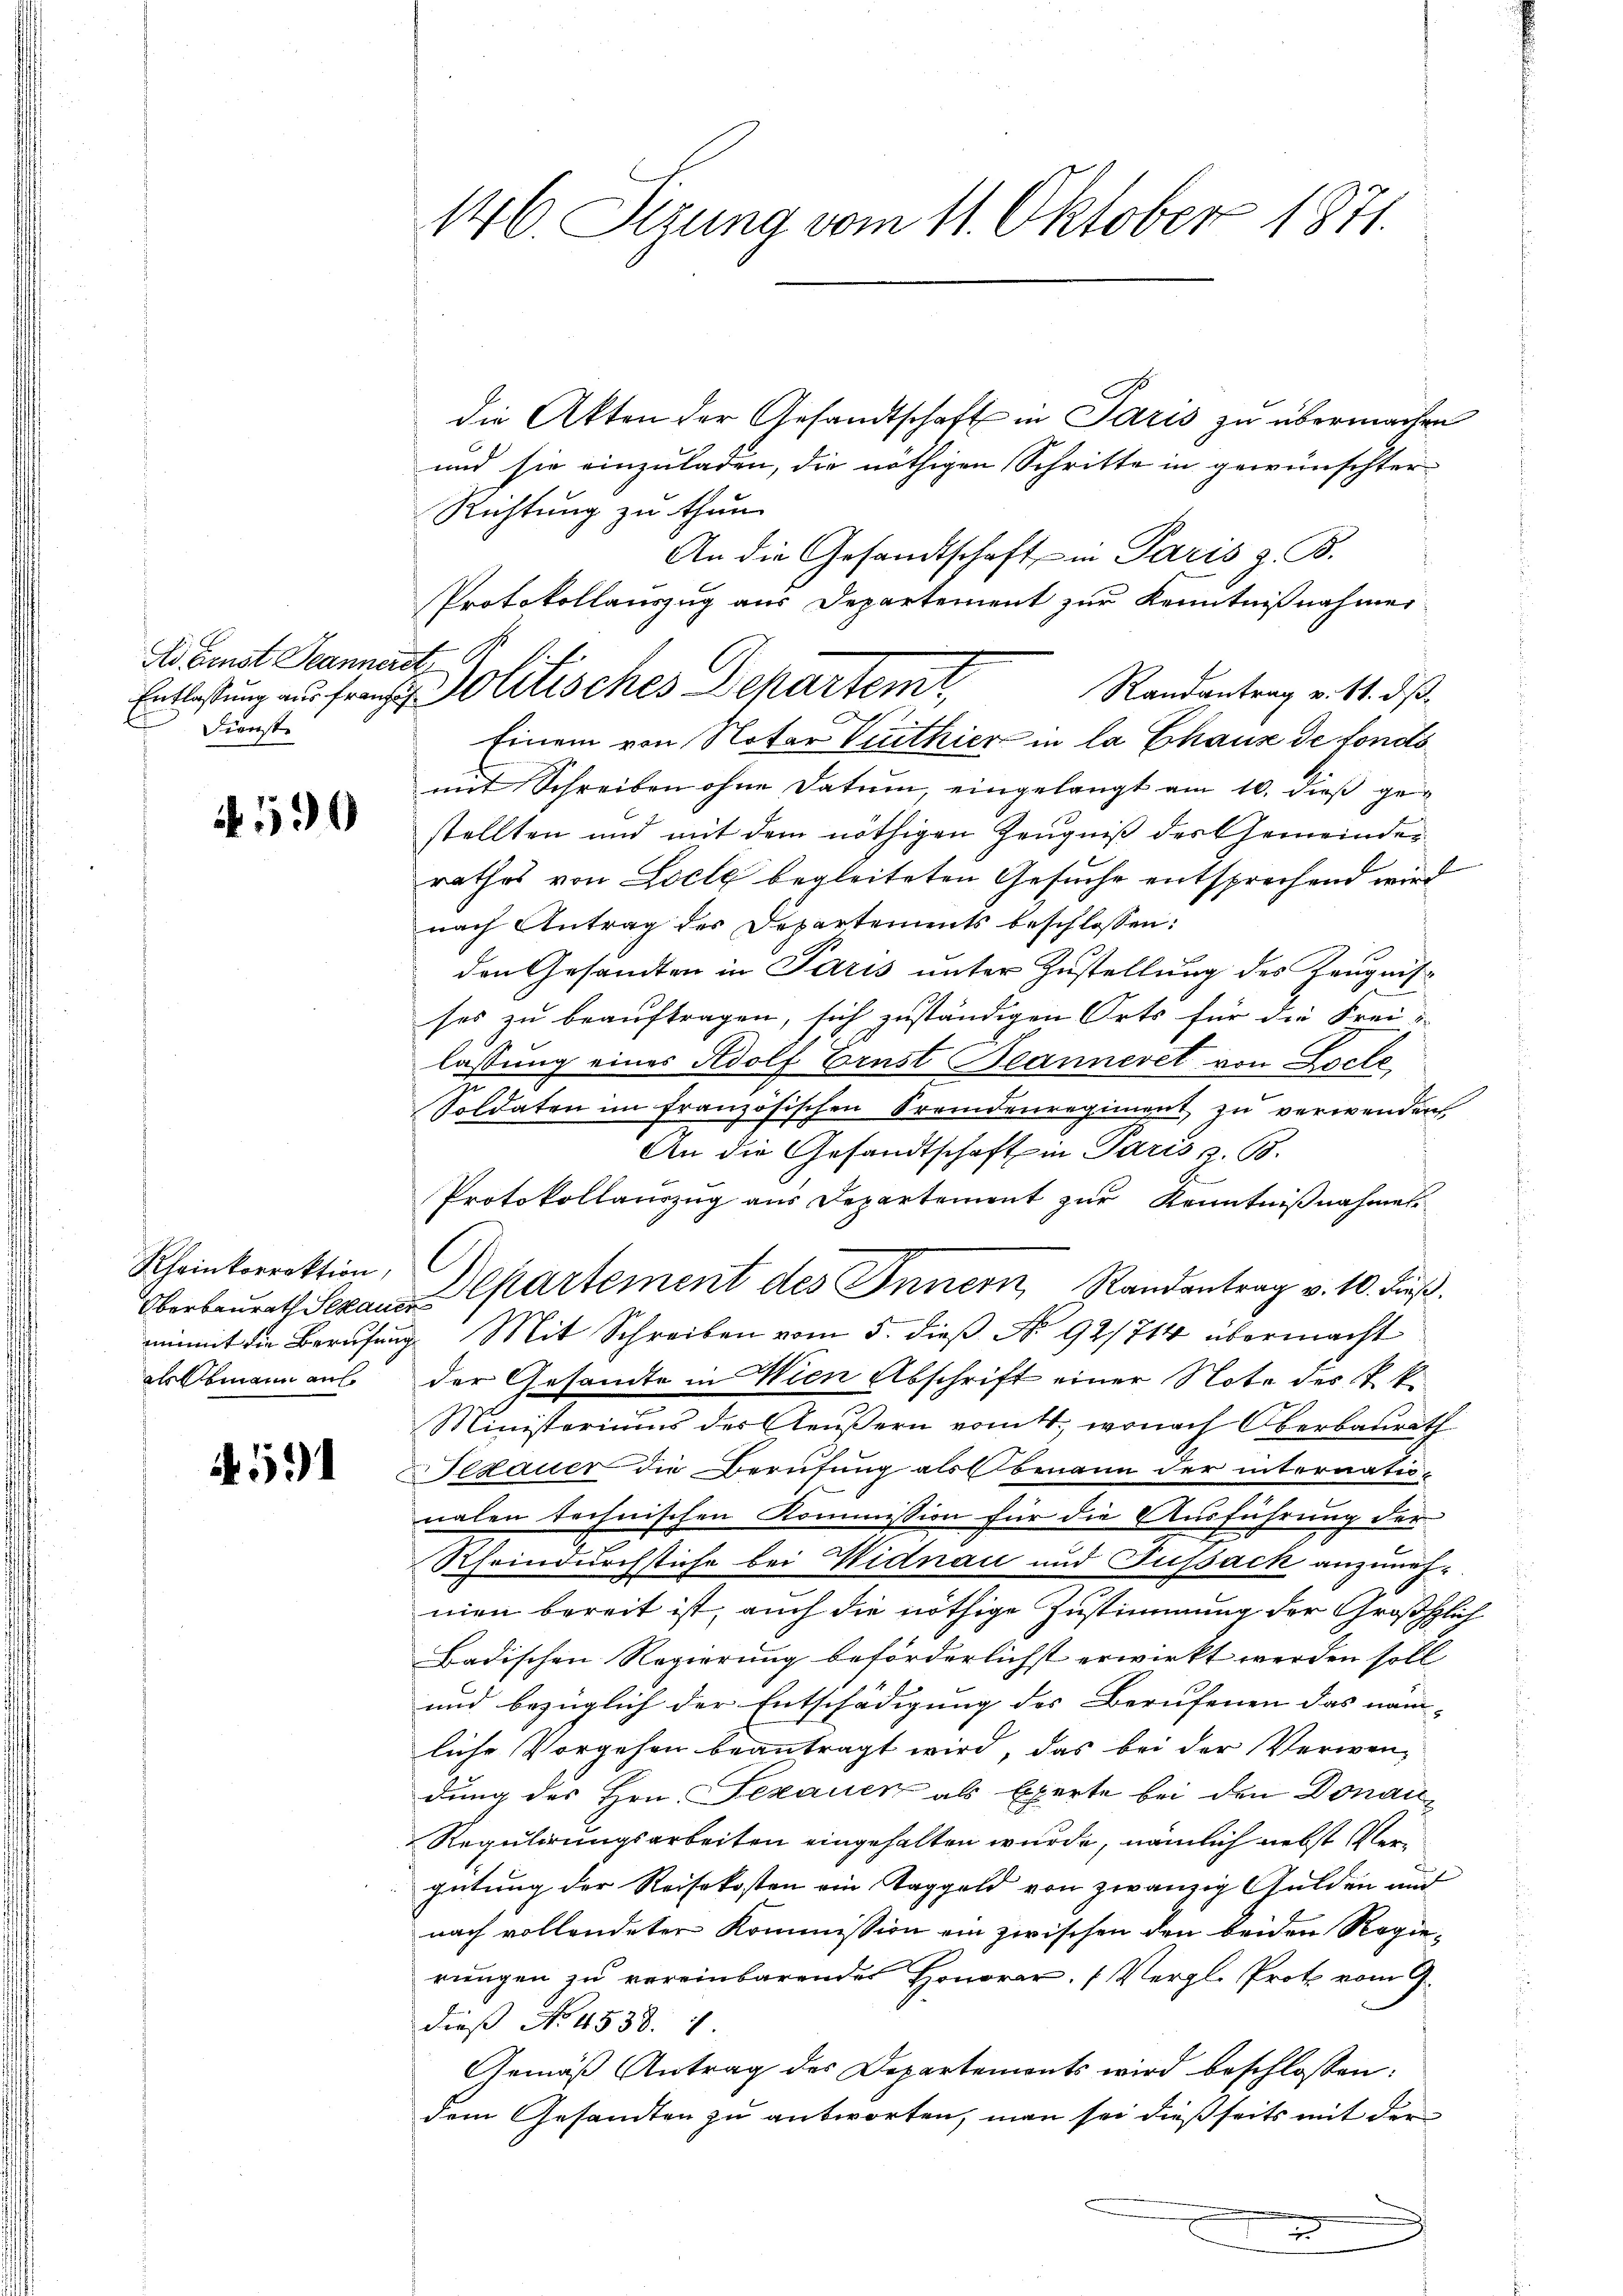
Ad Fenst Jeannerst
Dienste

590

Rheinkorrektion,

591

146. Stzung vom 11. Oktober 1871.

die Akten der Gesandtschaft in Paris zu übermachen
und sie einzuladen, die nöthigen Schritte in gewünschter¬
Richtung zu thun.
An die Gesandtschaft in Paris z. B.
Randantrag v. 11. ds.
Einem von Notar Verthier in la Chaus de fondsmit Schreiben ohne Datum, eingelangt am 10. dieß gestellten und mit dem nöthigen Zeugniß des Gemeindes
rathes von Ziele begleiteten Gesuche entsprechend wird
nach Antrag des Departements beschlossen:
den Gesandten in Paris unter Zustellung des Zeugnis
ses zu beauftragen, sich zuständigen Orts für die Frei-
lassung eines Adolf Ernst Beanneret von Locle
Soldaten im französischen Fremdenregiment, zu verwenden.
An die Gesandtschaft in Paris z. B.
Protokollauszug aus Departement zur Kenntnißnahmet
Oberbaurath Schans partement des Innern Randantrag v. 10. dieß.
eimt die Berufung Mit Schreiben vom 5. dieβ No. 921714 übermacht
als Obmann aus der Gesandte in Wien Abschrift einer Note des K. k.
Ministeriums des Aeŭβern vom 4., wonach Oberbaŭrath
Sedauer die Berufung als Obmann der internatio-
nalen technischen Kommission für die Ausführung der
Rheindurchstiche bei Widnau und Fussack anzunehmen bereit ist, auch die nöthige Zustimmung der Großhlich
Badischen Regierung beförderlichst erwirkt werden soll,
und bezüglich der Entschädigung der Berufenen das näm- |
liche Vorgehen beantragt wird, das bei der Verwendung des Hrn. Fezauen als Exerte bei den Donau¬
Regulirungsarbeiten eingehalten wurde, nämlich nebst Vergütung der Reisekosten ein Taggeld von zwanzig Gulden und
nach vollendeter Kommission ein zwischen den beiden Regierungen zu vereinbarendes Honorar. (Vergl. Prote vom G.
dieß No. 4538. 1
Gemäß Antrag des Departements wird beschlossen:
dem Gesandten zu antworten, man sei dießseits mit der

Protokollauszug aus Departement zur Kenntnißnahmer
Entlastung aus freie Politisches Departeme,